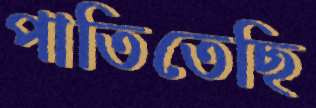
পাতিতেছি